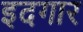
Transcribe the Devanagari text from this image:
इदगार